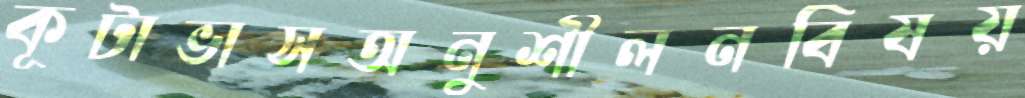
কূটাভাসঅনুশীলনবিষয়